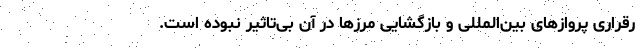
رقراری پروازهای بین‌المللی و بازگشایی مرزها در آن بی‌تاثیر نبوده است.